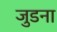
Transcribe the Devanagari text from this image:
जुडना